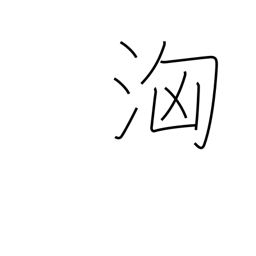
Meaning: surge